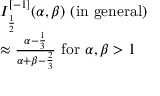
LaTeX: \begin{array} { l } { I _ { \frac { 1 } { 2 } } ^ { [ - 1 ] } ( \alpha , \beta ) { \mathrm { ~ ( i n ~ g e n e r a l ) ~ } } } \\ { \approx { \frac { \alpha - { \frac { 1 } { 3 } } } { \alpha + \beta - { \frac { 2 } { 3 } } } } { \mathrm { ~ f o r ~ } } \alpha , \beta > 1 } \end{array}